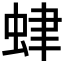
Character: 𧊐